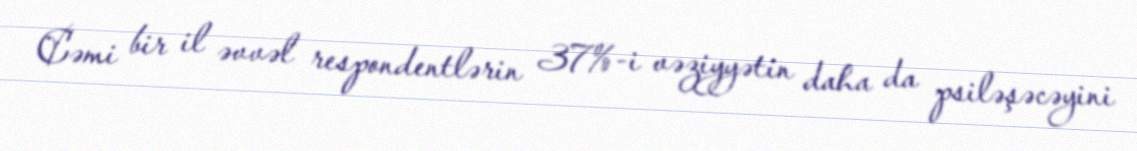
Cəmi bir il əvvəl respondentlərin 37%-i vəziyyətin daha da psiləşəcəyini